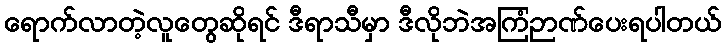
ရောက်လာတဲ့လူတွေဆိုရင် ဒီရာသီမှာ ဒီလိုဘဲအကြံဉာဏ်ပေးရပါတယ်